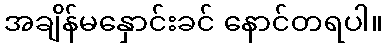
အချိန်မနှောင်းခင် နောင်တရပါ။